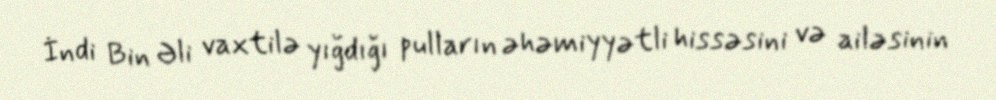
İndi Bin Əli vaxtilə yığdığı pulların əhəmiyyətli hissəsini və ailəsinin